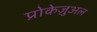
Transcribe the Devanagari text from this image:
प्रोकेज़ुअल